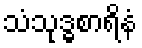
သံသုဒ္ဓစာရိနံ